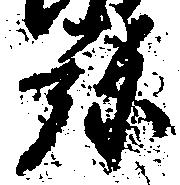
弥